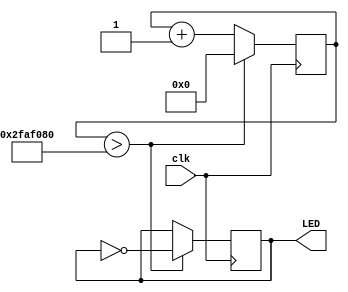
module blink (clk, LED);
   input clk;               //port declaration
   output LED;

   reg [31:0] counter;      //data declaration
   reg 	      LED_status;

   initial begin
      counter <= 32'b0;     //initialise all 32 bit counter variables to 0
      LED_status <= 1'b0;   //intialise 1 bit LED_status to 0
   end

   always @ (posedge clk)   //sensitivity list, executing on positive edge transition of clk
     begin
	counter <= counter + 1'b1;  //non-blocking assignment increasing counter by 1 bit
	if (counter > 50000000)     //behavioural statement
	  begin
	     LED_status <= !LED_status; //change LED status - blink
	     counter <= 32'b0;          //resets counter    
	  end
     end
   
   assign LED = LED_status;
endmodule // blink